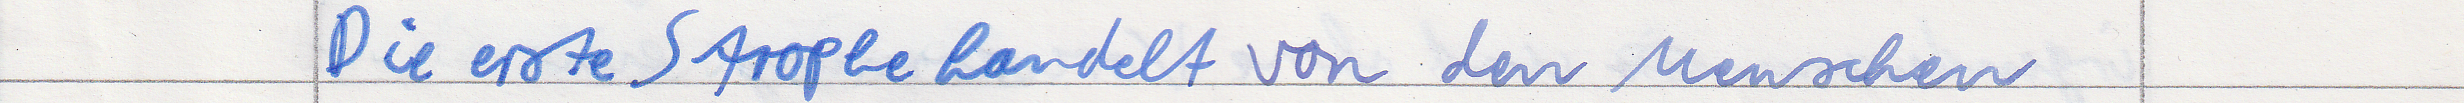
Die erste Strophe handelt von den Menschen